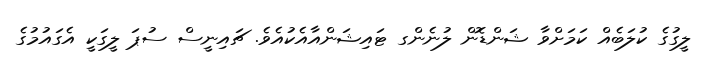
ލީގުގެ ކުލަބެއް ކަމަށްވާ ޝަންޑޮން ލުނެންގ ޓައިޝަންއާއެކުއެވެ. ޗައިނީސް ސުޕަ ލީގަކީ އެގައުމުގެ